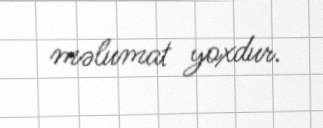
məlumat yoxdur.